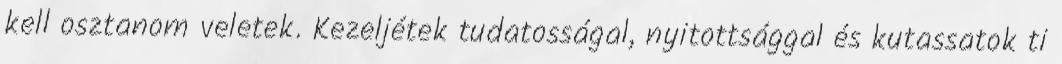
kell osztanom veletek. Kezeljétek tudatosságal, nyitottsággal és kutassatok ti